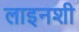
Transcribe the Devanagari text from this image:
लाइनशी